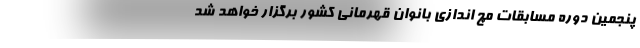
پنجمین دوره مسابقات مچ اندازی بانوان قهرمانی کشور برگزار خواهد شد